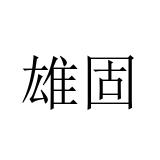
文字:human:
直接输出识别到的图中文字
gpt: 雄固